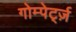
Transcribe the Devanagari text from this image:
गोम्पेर्ट्ज़